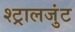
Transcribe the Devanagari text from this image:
श्ट्रालजुंट